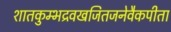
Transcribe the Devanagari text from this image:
शातकुम्भद्रवखजितजनेवैकपीता